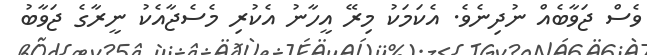
ވެސް ޖަވާބެއް ނުދިނެވެ. އެކަމަކު މިރޭ އީހާނު އެކުރި މެސެޖާއެކު ނީރާގެ ޖަވާބު